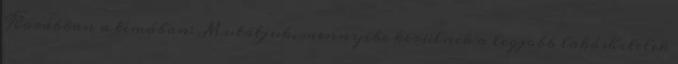
Korábban a témában: Mutatjuk, mennyibe kerülnek a legjobb lakáshitelek